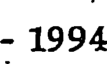
- 1994